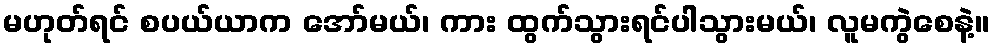
မဟုတ်ရင် စပယ်ယာက အော်မယ်၊ ကား ထွက်သွားရင်ပါသွားမယ်၊ လူမကွဲစေနဲ့။